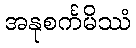
အနုစင်္ကမိဿံ